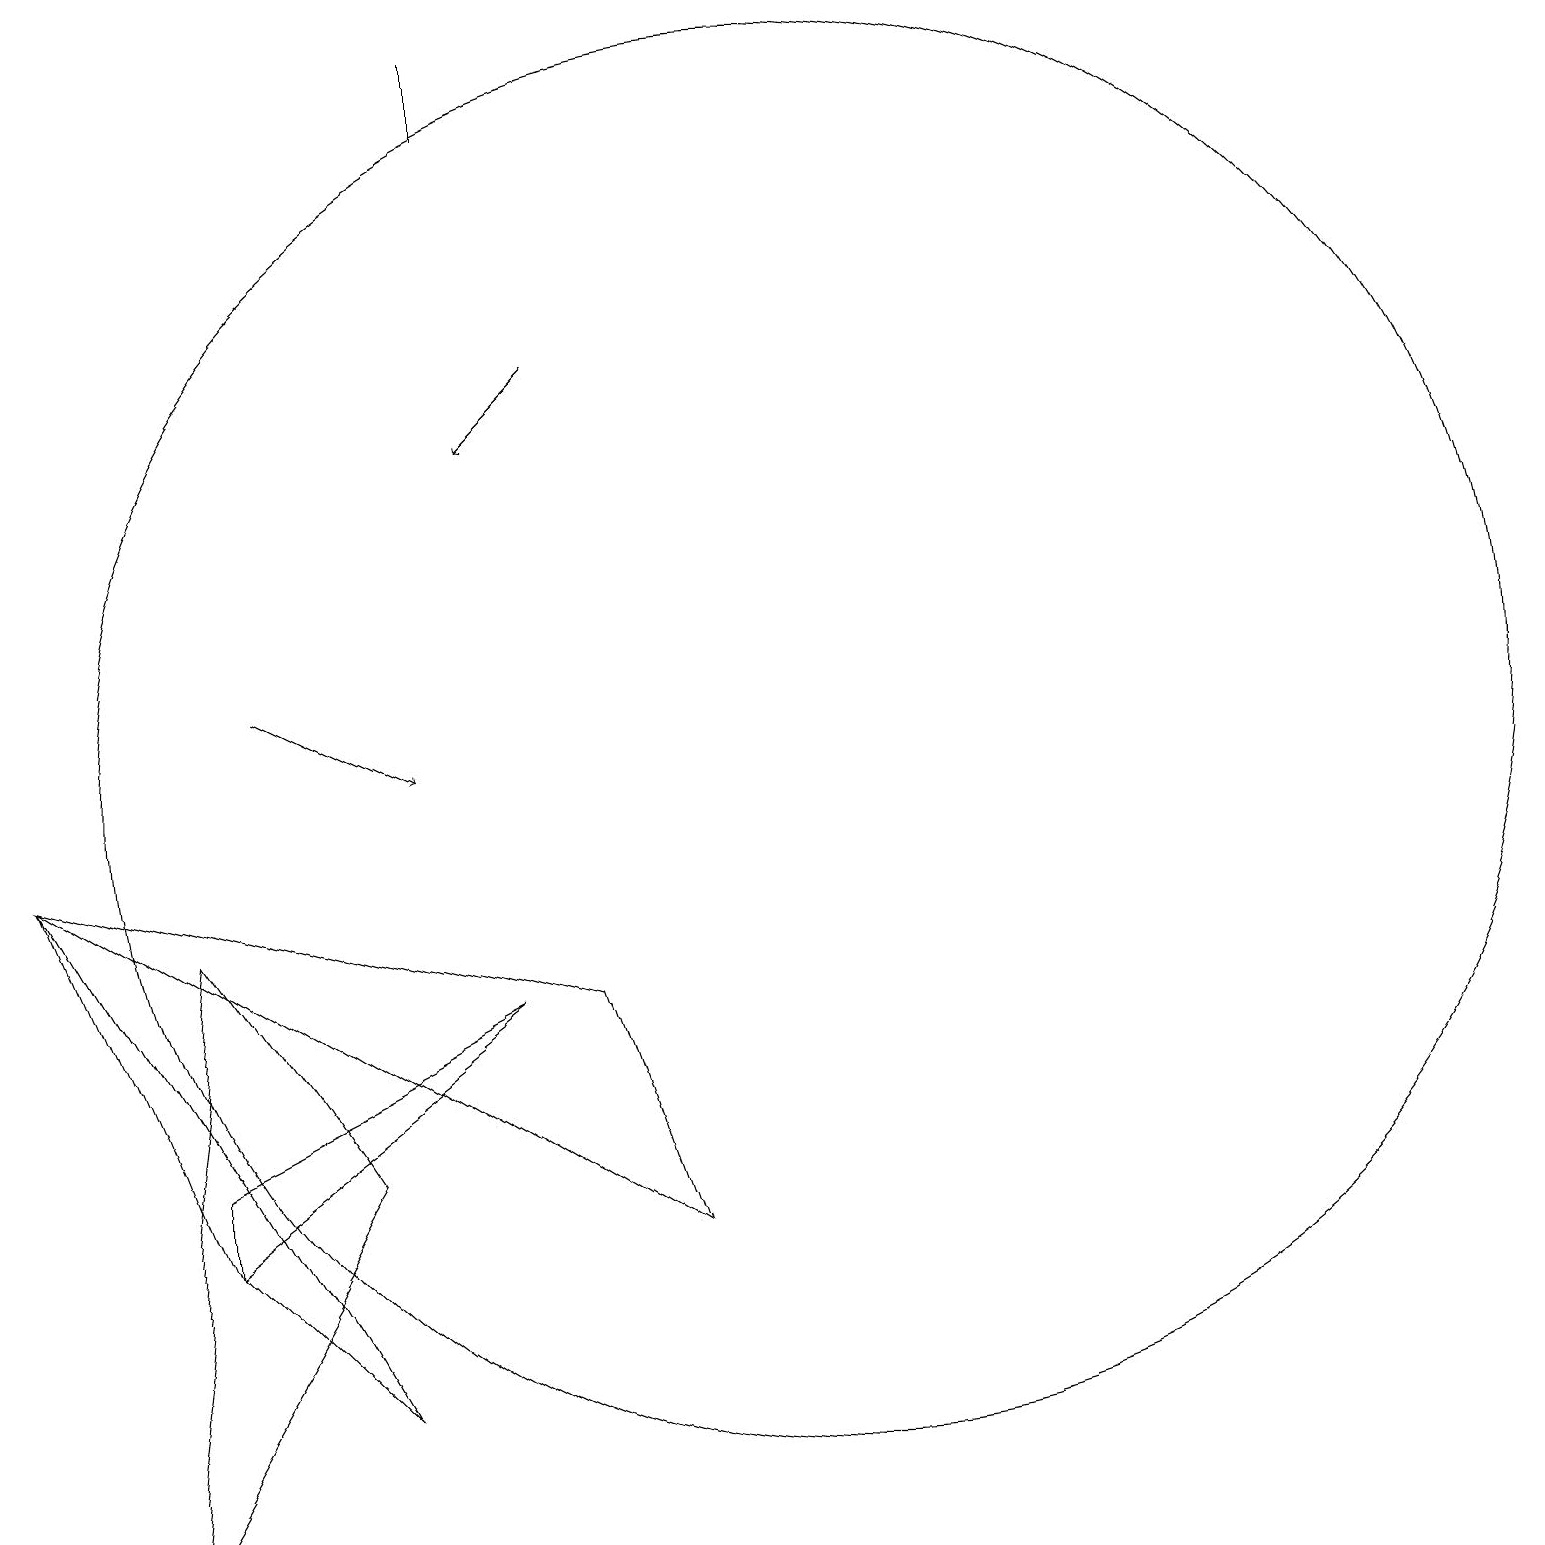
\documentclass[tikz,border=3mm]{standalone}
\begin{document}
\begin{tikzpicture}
\draw (6,7) -- (2,4) -- (2,5) -- cycle;
\draw (10,10) circle (9);
\draw (2,8) -- (4,5) -- (1,0) -- cycle;
\draw[->] (3,11) -- (5,10);
\draw[->] (7,15) -- (6,14);
\draw (0,9) -- (4,2) -- (2,4) -- cycle;
\draw (7,7) -- (8,4) -- (0,9) -- cycle;
\draw (6,18) rectangle (6,19);
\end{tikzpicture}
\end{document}